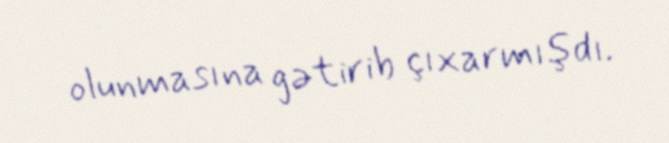
olunmasına gətirib çıxarmışdı.